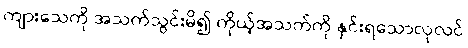
ကျားသေကို အသက်သွင်းမိ၍ ကိုယ့်အသက်ကို နှင်းရသောလုလင်